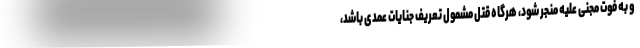
و به فوت مجنی علیه منجر شود، هرگاه قتل مشمول تعریف جنایات عمدی باشد،